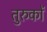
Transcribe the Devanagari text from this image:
तुरुकों